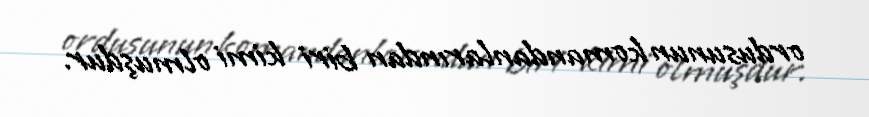
ordusunun komandanlarından biri kimi olmuşdur.